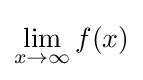
\lim _{x\to \infty }f(x)